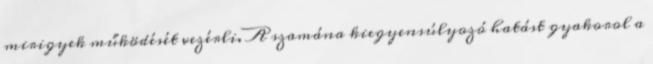
mirigyek működését vezérli. A szamána kiegyensúlyozó hatást gyakorol a